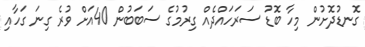
ގޮނޑުދޮށުން މިހާ ބޮޑު ސަރަހައްދެއް ގިރުމުގެ ސަބަބުން 40އަށް ވުރެ ގިނަ ގަހާއި